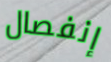
إنفصال